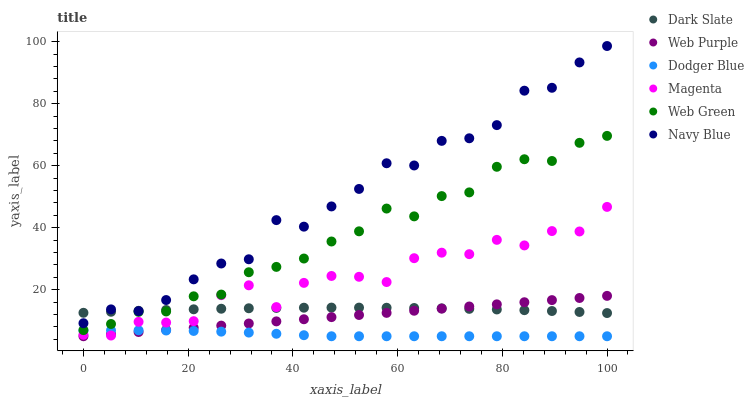
| xaxis_label | Dark Slate | Web Purple | Dodger Blue | Magenta | Web Green | Navy Blue |
 | --- | --- | --- | --- | --- | --- | --- |
 | 0 | 12.6 | 5 | 6.8 | 5.48 | 6.98 | 9.21 |
 | 5.26 | 12.9 | 5.69 | 6.9 | 5.23 | 8.95 | 13.7 |
 | 10.5 | 13.2 | 6.37 | 6.92 | 9.65 | 12.9 | 13.1 |
 | 15.8 | 13.5 | 7.06 | 6.85 | 9.42 | 13 | 16.7 |
 | 21.1 | 13.7 | 7.74 | 6.71 | 9.87 | 17.9 | 23.4 |
 | 26.3 | 13.9 | 8.43 | 6.49 | 18.2 | 18.4 | 28.5 |
 | 31.6 | 14 | 9.11 | 6.18 | 21.4 | 25.6 | 29.8 |
 | 36.8 | 14.1 | 9.8 | 5.8 | 14.4 | 27.4 | 42.5 |
 | 42.1 | 14.2 | 10.5 | 5.34 | 22.2 | 30.1 | 40.3 |
 | 47.4 | 14.2 | 11.2 | 5 | 24.4 | 35.6 | 46.9 |
 | 52.6 | 14.2 | 11.9 | 5 | 24.2 | 38.8 | 52.5 |
 | 57.9 | 14.2 | 12.5 | 5 | 22.5 | 46.2 | 60.8 |
 | 63.2 | 14.1 | 13.2 | 5 | 30.2 | 43.7 | 60.1 |
 | 68.4 | 14 | 13.9 | 5 | 32 | 50.2 | 68 |
 | 73.7 | 13.8 | 14.6 | 5 | 31.5 | 51.4 | 68.8 |
 | 78.9 | 13.6 | 15.3 | 5 | 36.1 | 59.6 | 73.1 |
 | 84.2 | 13.4 | 16 | 5 | 34.3 | 62.1 | 84.2 |
 | 89.5 | 13.1 | 16.7 | 5 | 38.9 | 61.5 | 85.1 |
 | 94.7 | 12.8 | 17.3 | 5 | 38.8 | 67.4 | 93.3 |
 | 100 | 12.5 | 18 | 5 | 46.7 | 69.6 | 98.6 |